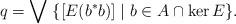
LaTeX: \begin{align*}q=\bigvee\;\{[E(b^*b)]\mid b\in A\cap\ker E\}.\end{align*}